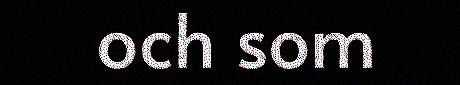
och som